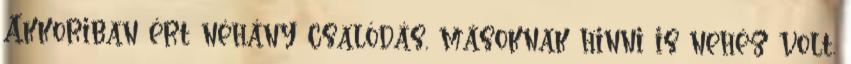
Akkoriban ért néhány csalódás, másoknak hinni is nehéz volt.